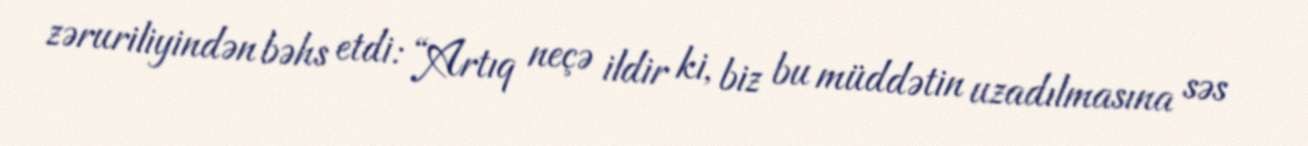
zəruriliyindən bəhs etdi: “Artıq neçə ildir ki, biz bu müddətin uzadılmasına səs